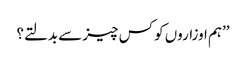
’’ہم اوزاروں کو کس چیز سے بدلتے؟